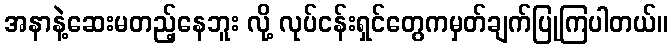
အနာနဲ့ဆေးမတည့်နေဘူး လို့ လုပ်ငန်းရှင်တွေကမှတ်ချက်ပြုကြပါတယ်။